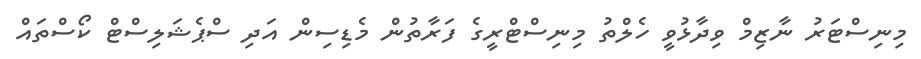
މިނިސްޓަރު ނާޒިމް ވިދާޅުވީ ހެލްތު މިނިސްޓްރީގެ ފަރާތުން މެޑިސިން އަދި ސްޕެޝަލިސްޓް ކޯސްތައް